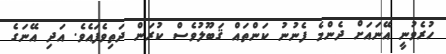
ހުރެވުނީ އޭނައަށް ދެންމެ ފެނުނު ކަންތައް ޤަބޫލުވެސް ކުރަން ދަތިވެފައެވެ. އަދި އޭނަގެ